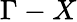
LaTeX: \Gamma-X